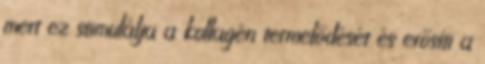
mert ez stimulálja a kollagén termelődését és erősíti a